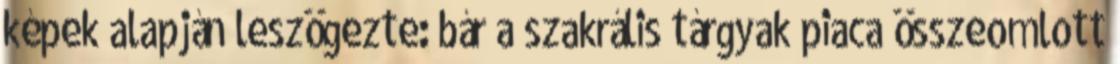
képek alapján leszögezte: bár a szakrális tárgyak piaca összeomlott